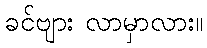
ခင်ဗျား လာမှာလား။